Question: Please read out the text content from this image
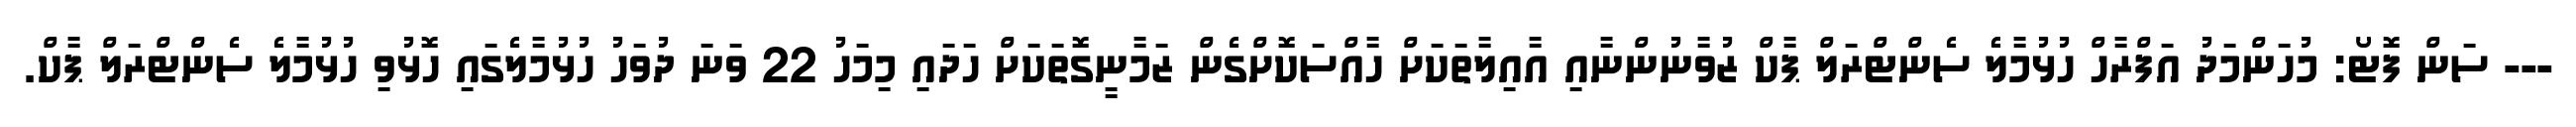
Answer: --- ސަން ފޮޓޯ: މުހަންމަދު އަފްރާހް ހުޅުމާލެ ސެންޓްރަލް ޕާކް ޒުވާނުންނާއި އާއިލާތަކަށް ހާއްސަކޮށްގެން ޒަމާނީގޮތަކަށް ހަދައި މިމަހު 22 ވަނަ ދުވަހު ހުޅުމާލެގައި ހޮޅުވި ހުޅުމާލެ ސެންޓްރަލް ޕާކް.